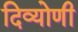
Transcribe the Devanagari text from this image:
दिव्योणी